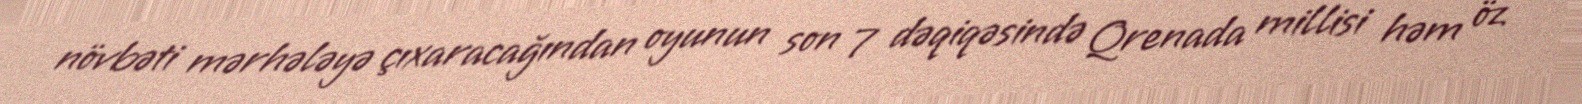
növbəti mərhələyə çıxaracağından oyunun son 7 dəqiqəsində Qrenada millisi həm öz